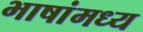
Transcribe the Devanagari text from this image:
भाषांमध्य